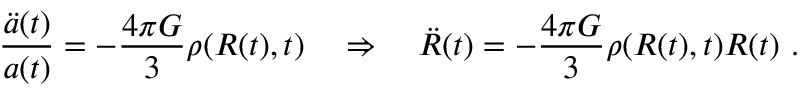
\frac { \Ddot { a } ( t ) } { a ( t ) } = - \frac { 4 \pi G } { 3 } \rho ( R ( t ) , t ) \quad \Rightarrow \quad \Ddot { R } ( t ) = - \frac { 4 \pi G } { 3 } \rho ( R ( t ) , t ) R ( t ) \ .